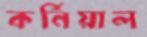
কর্নিয়াল